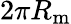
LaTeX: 2\pi R_{\mathrm{m}}